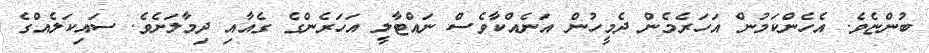
ބުންޏެވެ. އެހެންކަމުން އަހަރެމެން ދެމީހުން އަނެއްކާވެސް ނައްޓާލީ އަހަރެންގެ ގެއާއި ދިމާލަށެވެ. ސައިކަލެއްގެ